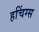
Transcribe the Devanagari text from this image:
हचिंग्स